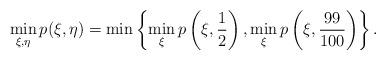
LaTeX: \begin{align*}\min_{\xi, \eta} p(\xi, \eta) = \min\left\{\min_{\xi}p\left(\xi, \frac12\right), \min_{\xi}p\left(\xi, \frac{99}{100}\right)\right\}. \end{align*}